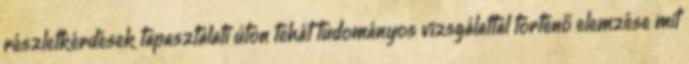
részletkérdések tapasztalati úton tehát tudományos vizsgálattal történő elemzése mit